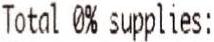
TOTAL 0% SUPPLIES: